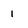
Character: 1